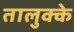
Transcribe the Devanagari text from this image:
तालुक्के